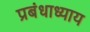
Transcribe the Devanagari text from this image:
प्रबंधाध्याय